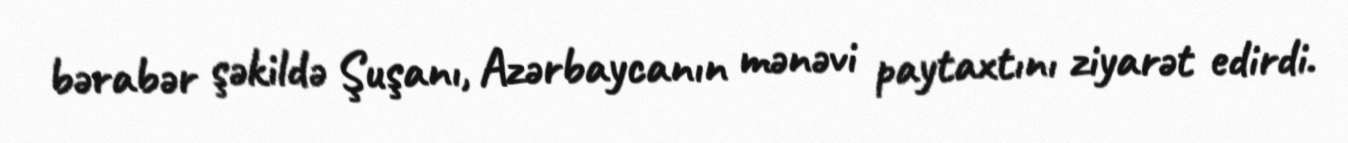
bərabər şəkildə Şuşanı, Azərbaycanın mənəvi paytaxtını ziyarət edirdi.